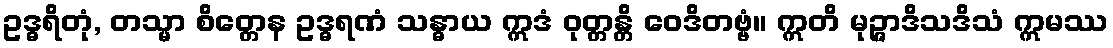
ဥဒ္ဓရိတုံ, တသ္မာ စိတ္တေန ဥဒ္ဓရဏံ သန္ဓာယ ဣဒံ ဝုတ္တန္တိ ဝေဒိတဗ္ဗံ။ ဣတိ မုဉ္ဇာဒိသဒိသံ ဣမဿ